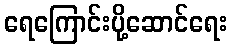
ရေကြောင်းပို့ဆောင်ရေး